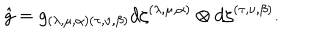
\hat { g } = g _ { ( \lambda , \mu , \alpha ) ( \tau , \nu , \beta ) } d \zeta ^ { ( \lambda , \mu , \alpha ) } \otimes d \zeta ^ { ( \tau , \nu , \beta ) } .